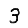
Digit: 3